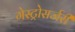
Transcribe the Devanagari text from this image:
गेस्ट्रोसर्जरी